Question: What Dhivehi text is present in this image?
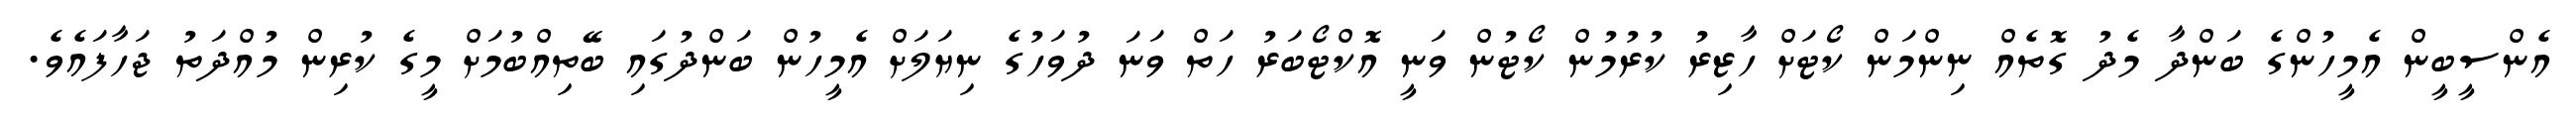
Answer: އެންސީބީން އެމީހުންގެ ބަންދާ މެދު ގޮތެއް ނިންމަން ކޯޓަށް ހާޒިރު ކުރުމުން ކޯޓުން ވަނީ އޮކްޓޯބަރު ހަތް ވަނަ ދުވަހުގެ ނިޔަލަށް އެމީހުން ބަންދުގައި ބޭތިއްބުމަށް މީގެ ކުރިން މުއްދަތު ޖަހާފައެވެ.